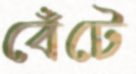
বেঁটে